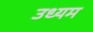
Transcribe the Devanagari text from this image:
उध्यम